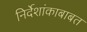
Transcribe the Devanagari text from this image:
निर्देशांकाबाबत